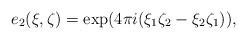
LaTeX: \begin{align*}e_2(\xi,\zeta) = \exp(4 \pi i(\xi_1\zeta_2-\xi_2\zeta_1)),\end{align*}